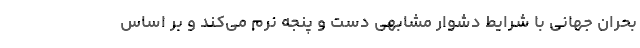
بحران جهانی با شرایط دشوار مشابهی دست و پنجه نرم می‌کند و بر اساس